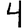
Digit: 4